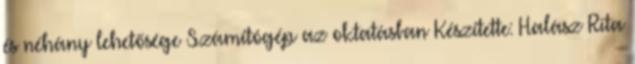
és néhány lehetősége Számítógép az oktatásban Készítette: Halász Rita